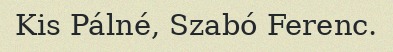
Kis Pálné, Szabó Ferenc.